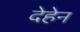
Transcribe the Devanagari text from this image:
देहेन